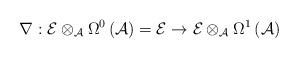
LaTeX: \begin{align*}\nabla :\mathcal{E}\otimes _{\mathcal{A}}\Omega ^{0}\left( \mathcal{A}\right) =\mathcal{E}\rightarrow \mathcal{E}\otimes _{\mathcal{A}}\Omega^{1}\left( \mathcal{A}\right) \end{align*}